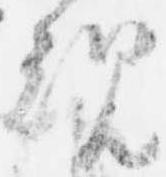
規